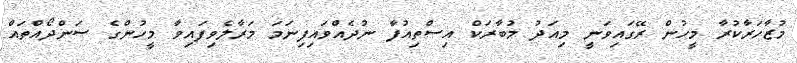
މުޒާހަރާކުރާ މީހުން ރޭގައިވަނީ މިއަދު މުބާރަކް އިސްތިއުފާ ނުދެއްވައިފިނަމަ މަރާލެވިފައިވާ މީހުންގެ ސަންދޯއްތައް